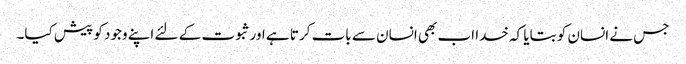
جس نے انسان کو بتایا کہ خدا اب بھی انسان سے بات کرتا ہے اورثبوت کے لئے اپنے وجود کو پیش کیا۔